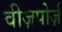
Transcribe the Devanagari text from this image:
वीज़पोर्ज़